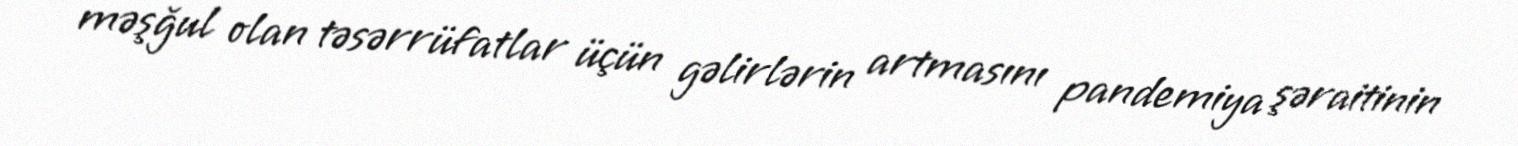
məşğul olan təsərrüfatlar üçün gəlirlərin artmasını pandemiya şəraitinin